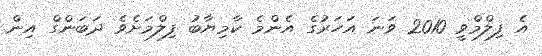
އެ ފިލްމްވީ 2010 ވަނަ އަހަރުގެ އެންމެ ކާމިޔާބު ފިލްމަށެވެ ދަބަންގް އިން